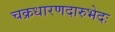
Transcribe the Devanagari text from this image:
चक्रधारणदारुभेदः